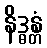
နိဒ္ဓန္တံ